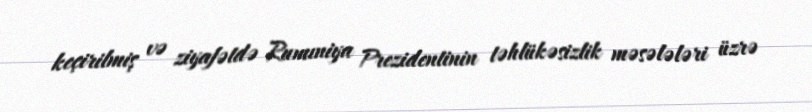
keçirilmiş və ziyafətdə Rumıniya Prezidentinin təhlükəsizlik məsələləri üzrə